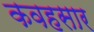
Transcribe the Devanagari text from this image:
कवहसार